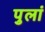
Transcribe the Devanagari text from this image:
पुलां